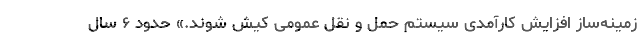
زمینه‌ساز افزایش کارآمدی سیستم حمل و نقل عمومی کیش شوند.» حدود ۶ سال